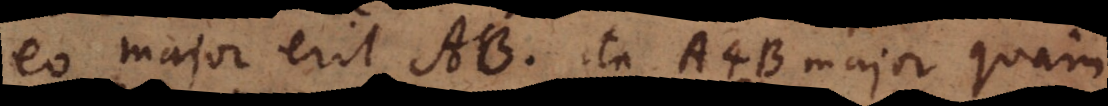
eo major erit AB, ita A4B major quam